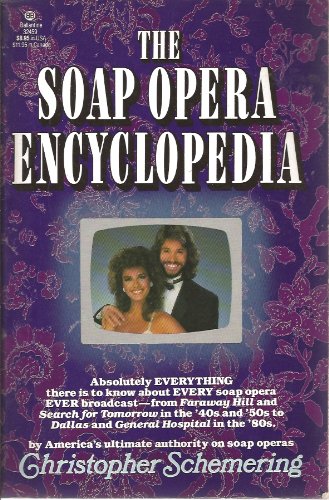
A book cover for Soap Opera Encyclopedia; CHRISTOPHER SCHEMERING; Humor & Entertainment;